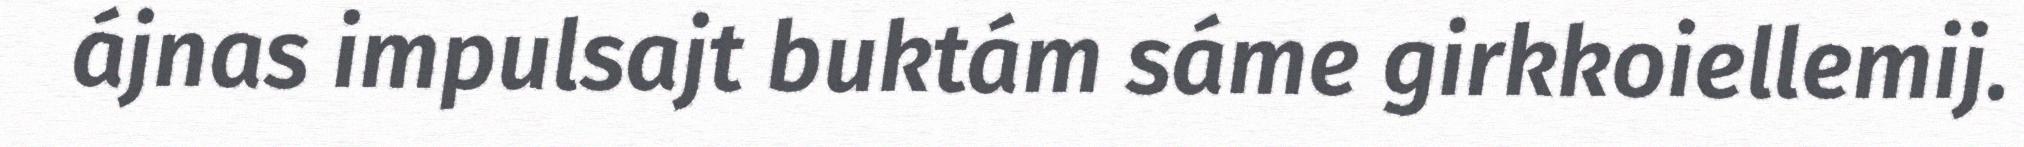
ájnas impulsajt buktám sáme girkkoiellemij.